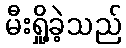
မီးရှို့ခဲ့သည်